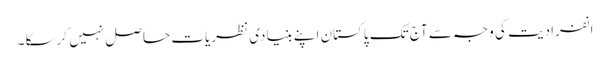
انفرادیت کی وجہ سے آج تک پاکستان اپنے بنیادی نظریات حاصل نہیں کرسکا ۔